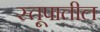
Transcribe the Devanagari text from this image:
स्तूपातील